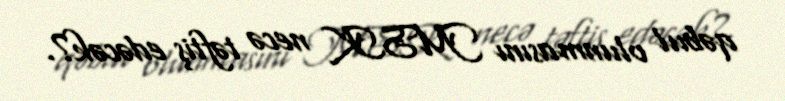
qəbul olunmasını MSK necə təftiş edəcək?.